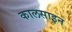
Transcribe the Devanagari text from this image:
कालसाइन